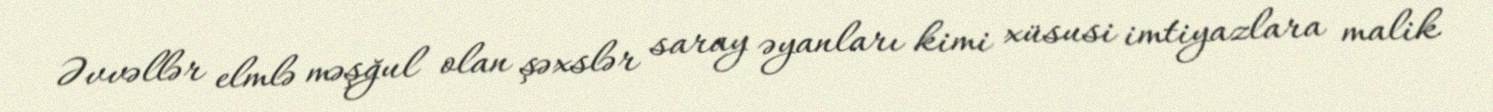
Əvvəllər elmlə məşğul olan şəxslər saray əyanları kimi xüsusi imtiyazlara malik